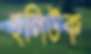
হলিউক